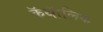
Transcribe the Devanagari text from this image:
कॅथॅालिक